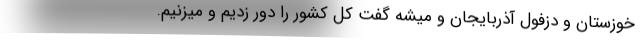
خوزستان و دزفول آذربایجان و میشه گفت کل کشور را دور زدیم و میزنیم.